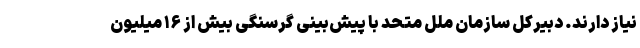
نیاز دارند. دبیرکل سازمان ملل متحد با پیش‌بینی گرسنگی بیش از ۱۶ میلیون